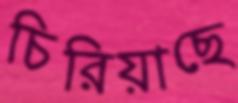
চিরিয়াছে